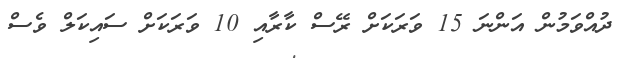
ދުއްވަމުން އަންނަ 15 ވަރަކަށް ރޭސް ކާރާއި 10 ވަރަކަށް ސައިކަލް ވެސް